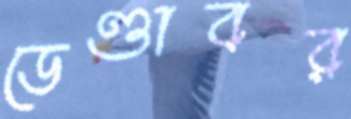
ডেণ্ডাবর